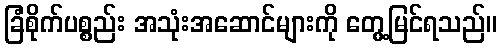
ခြံစိုက်ပစ္စည်း အသုံးအဆောင်များကို တွေ့မြင်ရသည်။